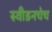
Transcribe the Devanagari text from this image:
स्वीडनचेच